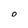
Character: O